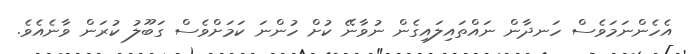
އެހެންނަމަވެސް ހަނދާން ނައްތައިލައިގެން ނުވާނޭ ކުށް ހުންނަ ކަމަށްވެސް ގަބޫލު ކުރަން ވާނެއެވެ.